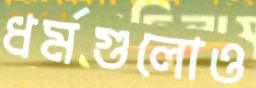
ধর্মগুলোও